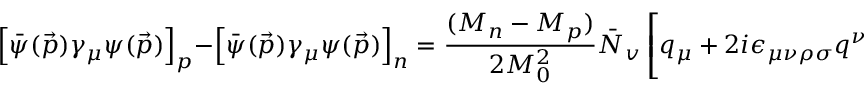
\left[ \bar { \psi } ( \vec { p } ) \gamma _ { \mu } \psi ( \vec { p } ) \right] _ { p } - \left[ \bar { \psi } ( \vec { p } ) \gamma _ { \mu } \psi ( \vec { p } ) \right] _ { n } = \frac { ( M _ { n } - M _ { p } ) } { 2 M _ { 0 } ^ { 2 } } \bar { N } _ { v } \left[ q _ { \mu } + 2 i \epsilon _ { \mu \nu \rho \sigma } q ^ { \nu } { v } ^ { \rho } { S } ^ { \sigma } + O \left( \frac { 1 } { M _ { 0 } ^ { 4 } } \right) \right] { N } _ { v } .